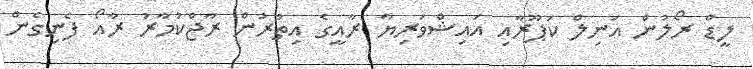
ލީޑް ރޯލުން އަނިލް ކަޕޫރާއި އައިޝްވަރިޔާ ރާއީގެ އިތުރުން ރާޖްކުމާރު ރާއޯ ފެނިގެން